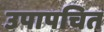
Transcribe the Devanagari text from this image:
उपापचित